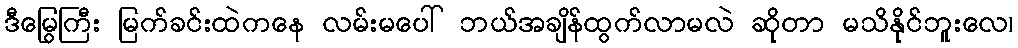
ဒီမြွေကြီး မြက်ခင်းထဲကနေ လမ်းမပေါ် ဘယ်အချိန်ထွက်လာမလဲ ဆိုတာ မသိနိုင်ဘူးလေ၊